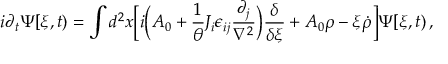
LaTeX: i \partial _ { t } \Psi [ \xi , t ) = \int d ^ { 2 } x \biggl [ i \biggl ( A _ { 0 } + { \frac { 1 } { \theta } } J _ { i } \epsilon _ { i j } { \frac { \partial _ { j } } { \nabla ^ { 2 } } } \biggr ) { \frac { \delta } { \delta \xi } } + A _ { 0 } \rho - \xi { \dot { \rho } } \biggr ] \Psi [ \xi , t ) \, ,